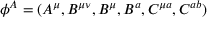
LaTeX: { \phi } ^ { A } = ( A ^ { \mu } , B ^ { \mu \nu } , B ^ { \mu } , B ^ { a } , C ^ { \mu a } , C ^ { a b } )